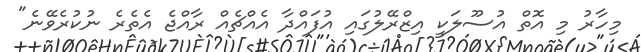
މިހާރު މި އޮތް އުސޫލަކީ އިޒްރޭލުގައި އުފައްދާ އެއްޗެއް ރާއްޖެ އެތެރެ ނުކުރެވޭނެ"